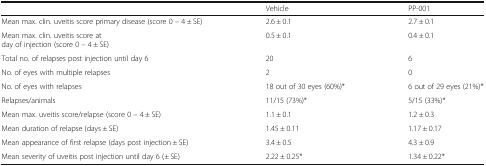
|  | Vehicle | PP-001 |
 | --- | --- | --- |
 | Mean max. clin. uveitis score primary disease (score 0 – 4 ± SE) | 2.6 ± 0.1 | 2.7 ± 0.1 |
 | Mean max. clin. uveitis score atday of injection (score 0 – 4 ± SE) | 0.5 ± 0.1 | 0.4 ± 0.1 |
 | Total no. of relapses post injection until day 6 | 20 | 6 |
 | No. of eyes with multiple relapses | 2 | 0 |
 | No. of eyes with relapses | 18 out of 30 eyes (60%)* | 6 out of 29 eyes (21%)* |
 | Relapses/animals | 11/15 (73%)* | 5/15 (33%)* |
 | Mean max. uveitis score/relapse (score 0 – 4 ± SE) | 1.1 ± 0.1 | 1.2 ± 0.3 |
 | Mean duration of relapse (days ± SE) | 1.45 ± 0.11 | 1.17 ± 0.17 |
 | Mean appearance of first relapse (days post injection ± SE) | 3.4 ± 0.5 | 4.3 ± 0.9 |
 | Mean severity of uveitis post injection until day 6 (± SE) | 2.22 ± 0.25* | 1.34 ± 0.22* |